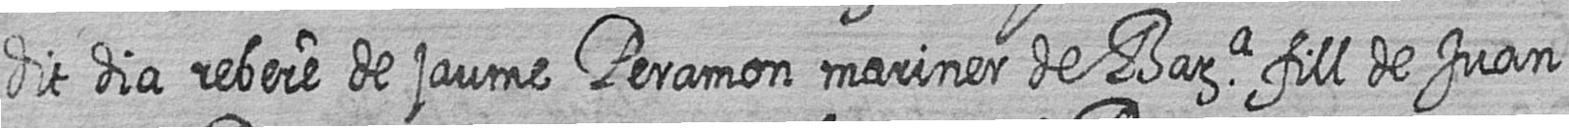
dit dia rebere de jaume Peramon mariner de Bara fill de Juan